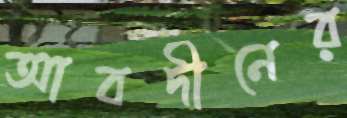
আবদীনের